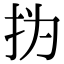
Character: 㧑